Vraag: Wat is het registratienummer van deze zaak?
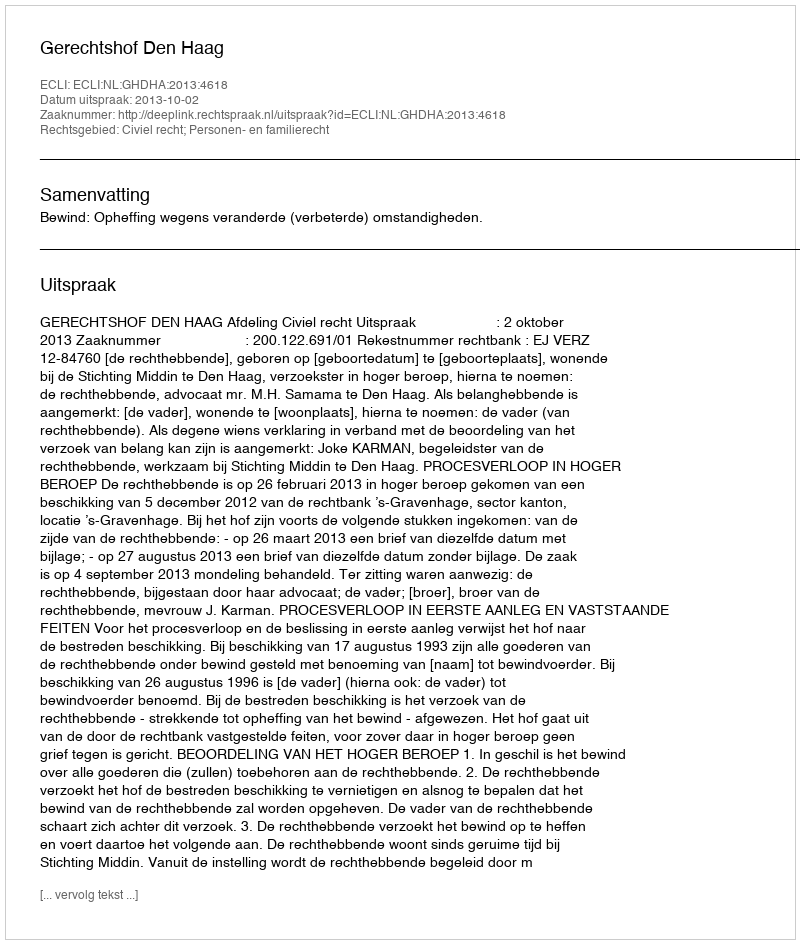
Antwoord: http://deeplink.rechtspraak.nl/uitspraak?id=ECLI:NL:GHDHA:2013:4618